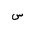
Letter: _sin